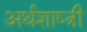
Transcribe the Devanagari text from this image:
अर्थशाष्त्री